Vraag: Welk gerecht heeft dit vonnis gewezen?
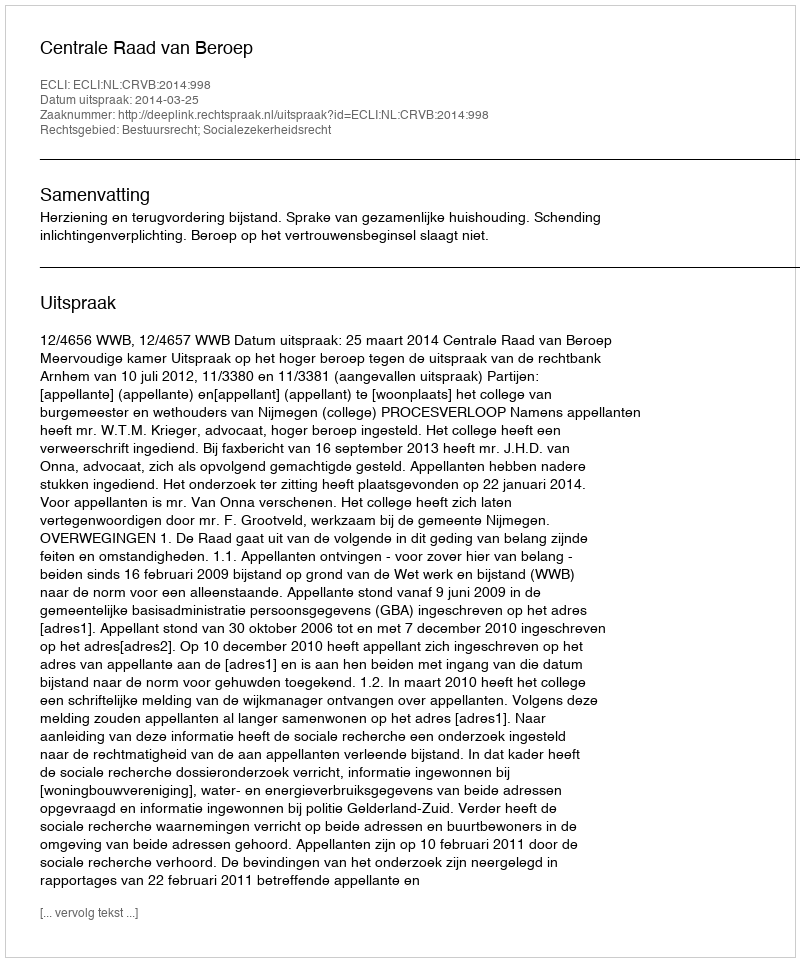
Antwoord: Centrale Raad van Beroep